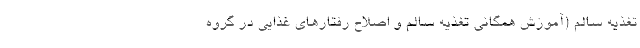
تغذیه سالم (آموزش همگانی تغذیه سالم و اصلاح رفتارهای غذایی در گروه